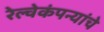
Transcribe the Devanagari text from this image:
रेल्वेकंपन्यांचे